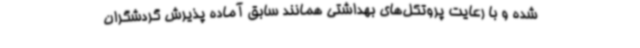
شده و با رعایت پروتکل‌های بهداشتی همانند سابق آماده پذیرش گردشگران